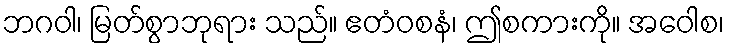
ဘဂဝါ၊ မြတ်စွာဘုရား သည်။ ဧတံဝစနံ၊ ဤစကားကို။ အဝေါစ၊